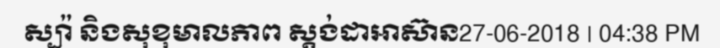
ស្ប៉ា និងសុខុមាលភាព ស្តង់ដាអាស៊ាន27-06-2018 | 04:38 PM